Insane asylums Bombay 1873-77 - 1873-1877
Year: 1873
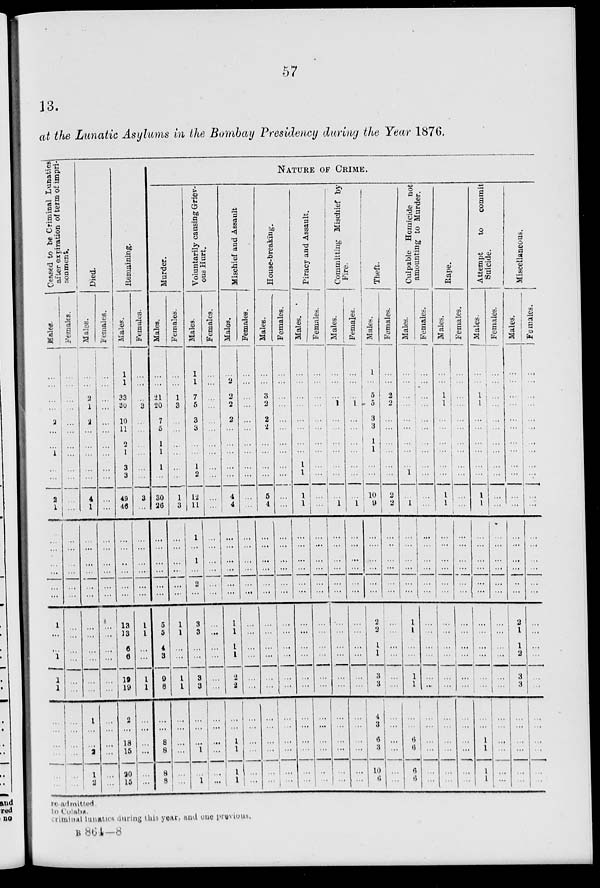
57
13.
at the Lunatic Asylums in the Bombay Presidency during the Year 1876.
Ceased
to be Criminal Lunatics
after expiration of term of impri-
sonment.
Males.
...
...
...
...
2
...
...
1
...
...
2
1
...
...
...
...
...
...
1
...
...
1
1
1
...
...
...
...
...
...
Females.
...
...
...
...
...
...
...
...
...
...
...
...
...
...
...
...
...
...
...
...
...
...
...
...
...
...
...
...
...
...
Died.
Males.
...
...
2
1
2
...
...
...
...
...
4
1
...
...
...
...
...
...
...
...
...
...
...
...
1
...
...
2
1
2
Females.
...
...
...
...
...
...
...
...
...
...
...
...
...
...
...
...
...
...
...
...
...
...
...
...
...
...
...
...
...
...
Remaining.
Males.
1
1
33
30
10
11
2
1
3
3
49
46
...
...
...
...
...
...
13
13
6
6
19
19
2
...
18
15
20
15
Females.
...
...
...
3
...
...
...
...
...
...
3
...
...
...
...
...
...
...
1
1
...
...
1
1
...
...
...
...
...
...
NATURE OF CRIME.
Murder.
Mal es .
...
...
21
20
7
5
1
1
1
...
30
26
...
...
...
...
...
...
5
5
4
3
9
8
...
...
8
8
8
8
Females.
...
...
1
3
...
...
...
...
...
...
1
3
...
...
...
...
...
...
1
1
...
...
1
1
...
...
...
...
...
...
Voluntarily causing Griev-
ous Hurt.
Males.
1
1
7
5
3
3
...
...
1
2
12
11
1
...
1
...
2
...
3
3
...
...
3
3
...
...
...
1
...
1
Females.
...
...
...
...
...
...
...
...
...
...
...
...
...
...
...
...
...
...
...
...
...
...
...
...
...
...
...
...
...
...
Mischief and Assault
Males.
...
2
2
2
2
...
...
...
...
...
4
4
...
...
...
...
...
...
1
1
1
1
2
2
...
...
1
1
1
1
Females.
...
...
...
...
...
...
...
...
...
...
...
...
...
...
...
...
...
...
...
...
...
...
...
...
...
...
...
...
...
...
House-breakïng.
Males.
...
...
3
2
2
2
...
...
...
...
5
4
...
...
...
...
...
...
...
...
...
...
...
...
...
...
...
...
...
...
Females.
...
...
...
...
...
...
...
...
...
...
...
...
...
...
...
...
...
...
...
...
...
...
...
...
...
...
...
...
...
...
Piracy and Assault.
Males.
...
...
...
...
...
...
...
...
1
1
1
1
...
...
...
...
...
...
...
...
...
...
...
...
...
...
...
...
...
...
Females.
...
...
...
...
...
...
...
...
...
...
...
...
...
...
...
...
...
...
...
...
...
...
...
...
...
...
...
...
...
...
Committing Mischief by
Fire.
Males.
...
...
...
1
...
...
...
...
...
...
...
1
...
...
...
...
...
...
...
...
...
...
...
...
...
...
...
...
...
...
Females.
...
...
...
1
...
...
...
...
...
...
...
1
...
...
...
...
...
...
...
...
...
...
...
...
...
...
...
...
...
...
Theft.
Males.
1
...
5
5
3
3
1
1
...
...
10
9
...
...
...
...
...
...
2
2
1
1
3
3
4
3
6
3
10
6
Females.
...
...
2
2
...
...
...
...
...
...
2
2
...
...
...
...
...
...
...
...
...
...
...
...
...
...
...
...
...
...
Culpable Homicide not
amounting to Murder.
Males.
...
...
...
...
...
...
...
...
...
1
...
1
...
...
...
...
...
...
1
1
...
...
1
1
...
...
6
6
6
6
Females.
...
...
...
...
...
...
...
...
...
...
...
...
...
...
...
...
...
...
...
...
...
...
...
...
...
...
...
...
...
...
Rape.
Males.
...
...
1
1
...
...
...
...
...
...
1
1
...
...
...
...
...
...
...
...
...
...
...
...
...
...
...
...
...
...
Females.
...
...
...
...
...
...
...
...
...
...
...
...
...
...
...
...
...
...
...
...
...
...
...
...
...
...
...
...
...
...
Attempt to
commit
Suicide.
Males.
...
...
1
1
...
...
...
...
...
...
1
1
...
...
...
...
...
...
...
...
...
...
...
...
...
...
1
1
1
1
Females.
...
...
...
...
...
...
...
...
...
...
...
...
...
...
...
...
...
...
...
...
...
...
...
...
...
...
...
...
...
...
Miscellaneous.
Males.
...
...
...
...
...
...
...
...
...
...
...
...
...
...
...
...
...
...
2
1
1
2
3
3
...
...
...
...
...
...
Females.
...
...
...
...
...
...
...
...
...
...
...
...
...
...
...
...
...
...
...
...
...
...
...
...
...
...
...
...
...
...
re-admitted.
to Colaba.
Criminal lunatics during this year, and one previous.
B 864—8